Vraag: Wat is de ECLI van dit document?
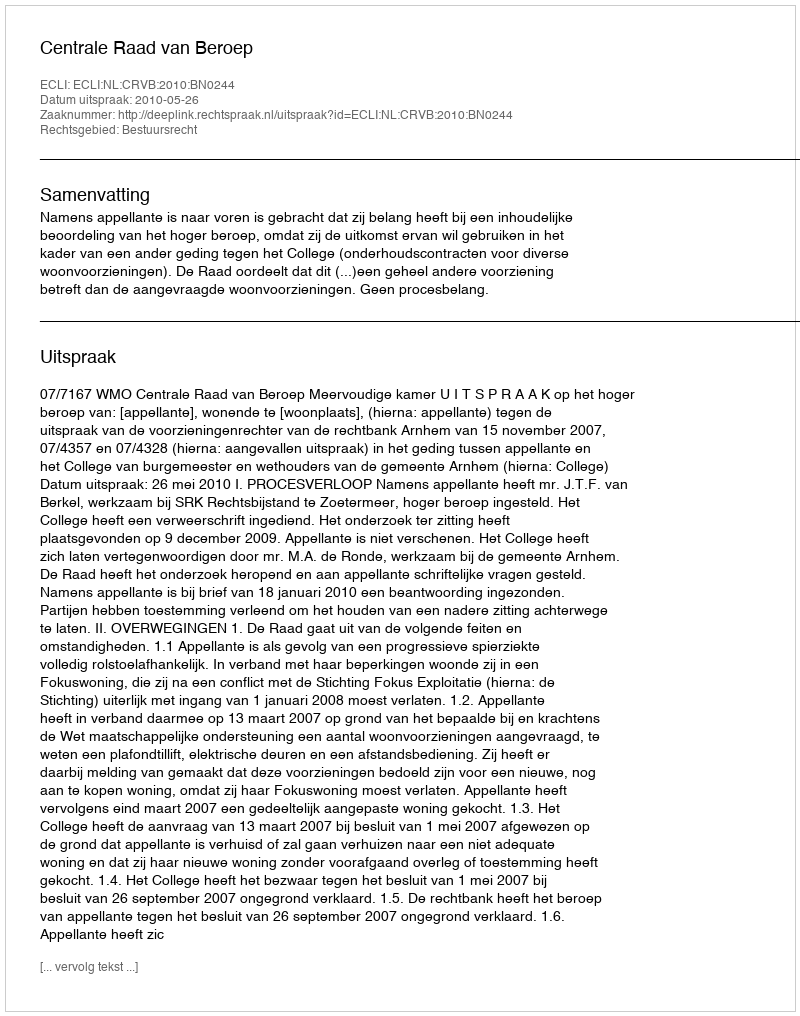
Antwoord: ECLI:NL:CRVB:2010:BN0244